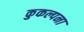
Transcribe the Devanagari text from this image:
कुकल्पना